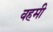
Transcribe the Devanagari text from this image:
वहमी